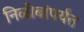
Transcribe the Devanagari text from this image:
निळोबांपर्यंत